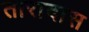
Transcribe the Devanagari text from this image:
तारादास